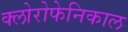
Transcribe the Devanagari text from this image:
क्लोरोफेनिकाल